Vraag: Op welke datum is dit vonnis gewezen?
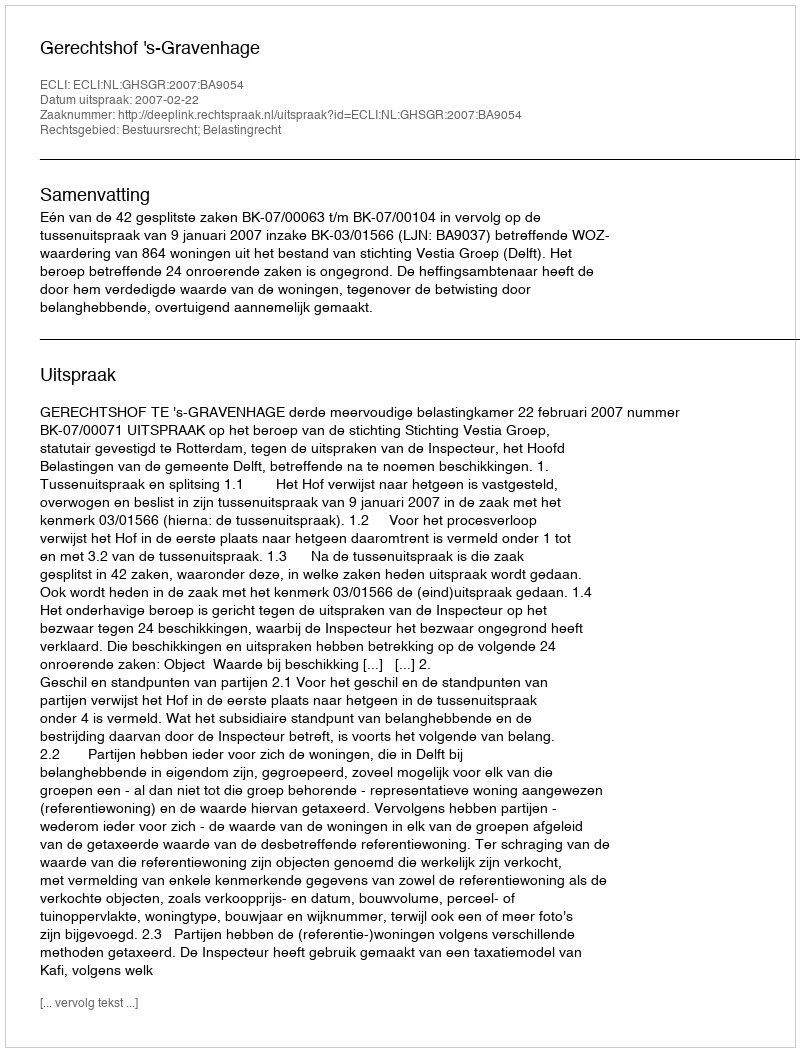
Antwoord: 2007-02-22